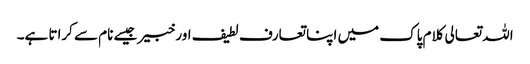
اللہ تعالی کلام پاک میں اپنا تعارف لطیف اور خبیر جیسے نام سے کراتا ہے۔